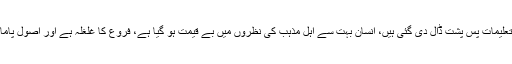
دین کی آفاقی تعلیمات پس پشت ڈال دی گئی ہیں، انسان بہت سے اہل مذہب کی نظروں میں بے قیمت ہو گیا ہے، فروع کا غلغلہ ہے اور اصول پامال ہورہے ہیں۔